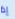
إذا